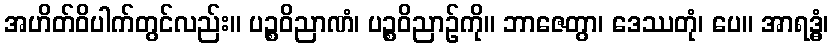
အဟိတ်ဝိပါက်တွင်လည်း။ ပဉ္စဝိညာဏံ၊ ပဉ္စဝိညာဉ်ကို။ ဘာဇေတွာ၊ ဒေဿတုံ၊ ပေ။ အာရဒ္ဓံ၊